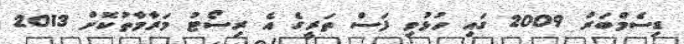
ޑިސެމްބަރު 2009 ގައި ހުޅުވި ފަސް ތަރީގެ އެ ރިސޯޓު މަރާމާތުކޮށް 2013